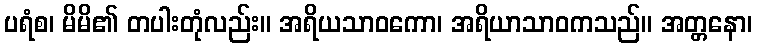
ပရံစ၊ မိမိ၏ တပါးတုံလည်း။ အရိယသာဝကော၊ အရိယာသာဝကသည်။ အတ္တနော၊